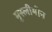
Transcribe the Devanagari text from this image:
मुस्लीमीन